Bulletin of the Pasteur Institute of Southern India, Coonoor - No. 2.
Year: 1909
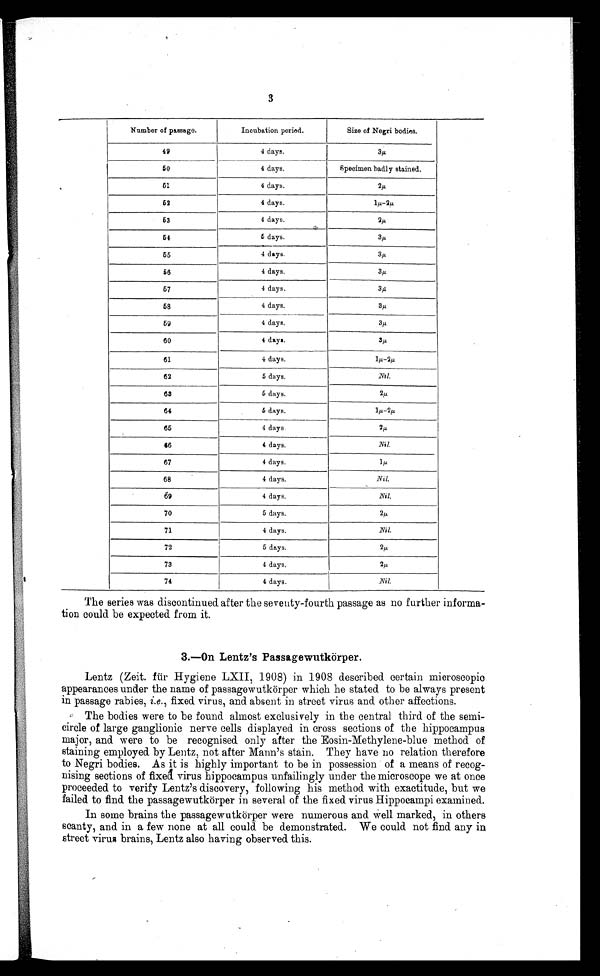
3
Number of passage.
Incubation period.
Size of Negri bodies.
49
4 days.
3 µ
50
4 days.
Specimen badly stained.
51
4 days.
2 µ
62
4 days.
l µ - 2 µ
63
4 days.
2 p
54
5 days.
3 µ
66
4 days.
3 p
56
4 days.
3 µ
67
4 days.
3p,
58
4 days.
3 p
59
4 days.
3 µ
60
4 days.
3 p
61
4 days.
4-2µ
62
5 days.
Nil.
68
5 days.
2µ
64
5 days.
1 . / . 2 - 2 µ
85
4 days.
2µ
66
4 days.
Nil.
67
4 days.
1 µ
68
4 days.
Nil.
69
4 days.
Nil.
70
5 days.
2 µ
71
4 days.
Nil.
72
5 days.
2µ
73
4 days.
2 p
74
4 days.
Nil.
The series was discontinued after the seventy-fourth passage as no further informa-
tion could be expected from it.
3.—On Lentz's Passage wutkörper.
Lentz (Zeit. für Hygiene LXII, 1908) in 1908 described certain microscopic
appearances under the name of passagewutkörper which he stated to be always present
in passage rabies, i.e., fixed virus, and absent in street virus and other affections.
The bodies were to be found almost exclusively in the central third of the semi-
- circle of large ganglionic nerve cells displayed in cross sections of the hippocampus
major, and were to be recognised only after the Eosin-Methylene-blue method of
staining employed by Lentz, not after Mann's stain. They have no relation therefore
to Negri bodies. As it is highly important to be in possession of a means of recog-
- nising sections of fixed virus hippocampus unfailingly under the microscope we at once
proceeded to verify Lentz's discovery, following his method with exactitude, but we
failed to find the passagewutkörper in several of the fixed virus Hippocampi examined.
In some brains the passagewutk örper were numerous and well marked, in others
scanty, and in a few none at all could be demonstrated. We could not find any in
street virus brains, Lentz also having observed this.